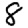
Digit: 8